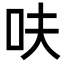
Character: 呋